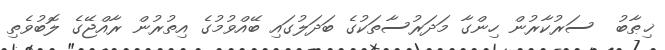
ޚިޠާބު  ސަރުކާރުން ހިންގާ މަދަރުސާތަކުގެ ބަދަލުގައި ބޭއްވުމުގެ އިތުރުން ރާއްޖޭގެ ލޮބުވެތި